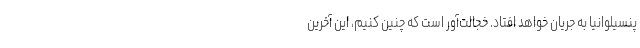
پنسیلوانیا به جریان خواهد افتاد. خجالت‌آور است که چنین کنیم، این آخرین